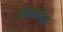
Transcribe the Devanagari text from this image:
नियमादिकों